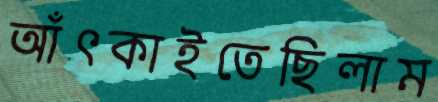
আঁৎকাইতেছিলাম